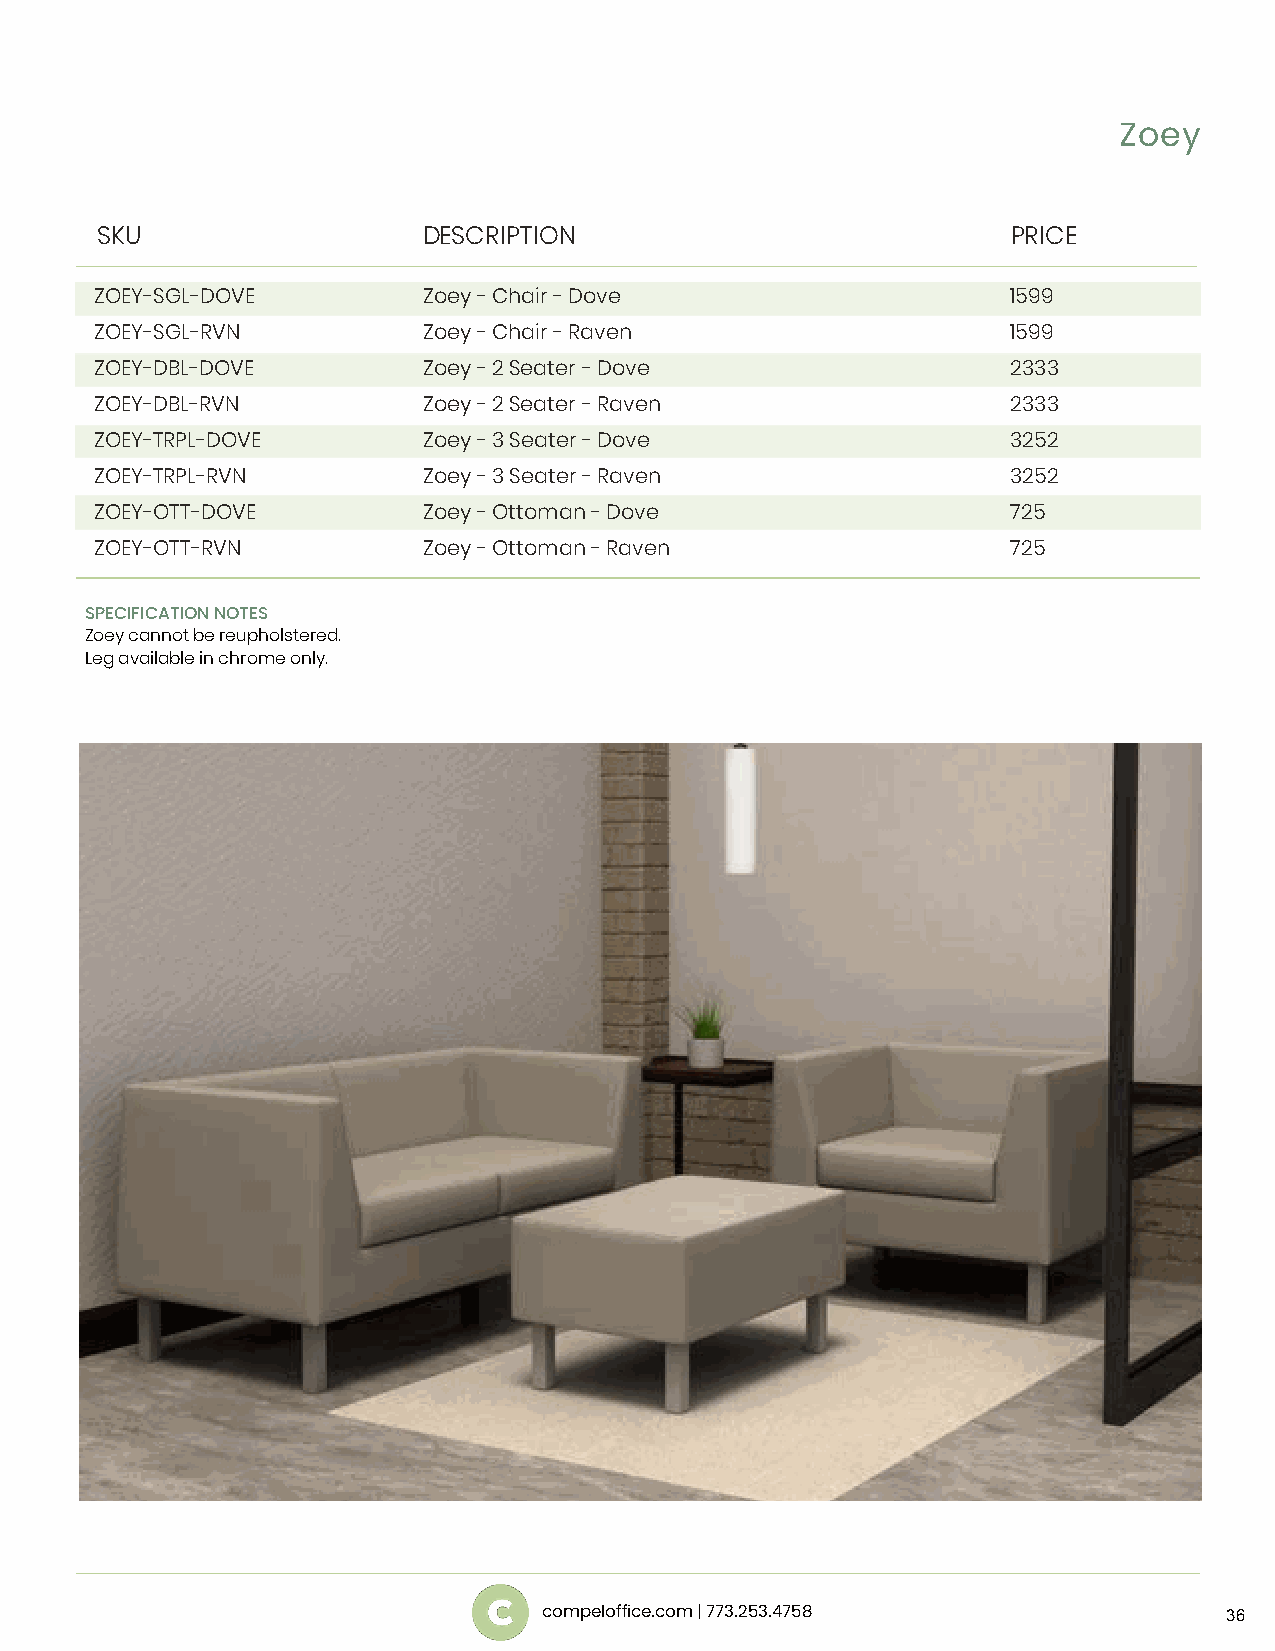
Zoey
 SKU                   DESCRIPTION                            PRICE
 ZOEY-SGL-DOVE         Zoey - Chair - Dove                    1599
 ZOEY-SGL-RVN          Zoey - Chair - Raven                   1599
 ZOEY-DBL-DOVE         Zoey - 2 Seater - Dove                 2333
 ZOEY-DBL-RVN          Zoey - 2 Seater - Raven                2333
 ZOEY-TRPL-DOVE        Zoey - 3 Seater - Dove                 3252
 ZOEY-TRPL-RVN         Zoey - 3 Seater - Raven                3252
 ZOEY-OTT-DOVE         Zoey - Ottoman - Dove                  725
 ZOEY-OTT-RVN          Zoey - Ottoman - Raven                 725
 SPECIFICATION NOTES
 Zoey cannot be reupholstered .
 Leg available in chrome only.
 compeloffice.com | 773.253.4758              36